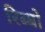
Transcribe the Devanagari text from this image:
रिब्बो